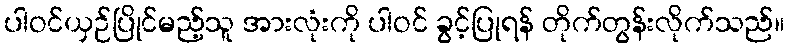
ပါဝင်ယှဉ်ပြိုင်မည့်သူ အားလုံးကို ပါဝင် ခွင့်ပြုရန် တိုက်တွန်းလိုက်သည်။